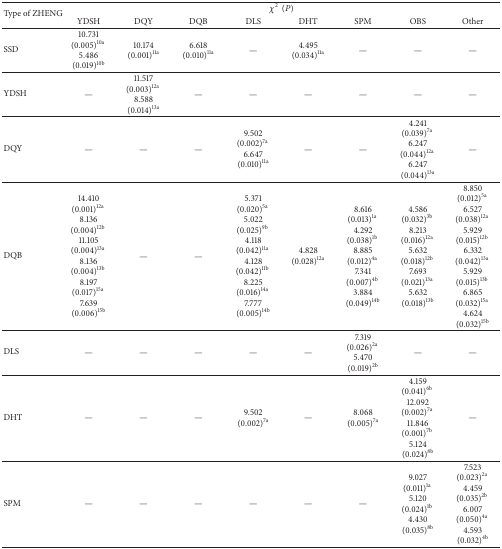
<table><thead><tr><td rowspan="2"><b>Type of ZHENG</b></td><td colspan="8"><b><i>χ</i><sup>2</sup>(<i>P</i>)</b></td></tr><tr><td><b>YDSH</b></td><td><b>DQY</b></td><td><b>DQB</b></td><td><b>DLS</b></td><td><b>DHT</b></td><td><b>SPM</b></td><td><b>OBS</b></td><td><b>Other</b></td></tr></thead><tbody><tr><td>SSD</td><td>10.731 (0.005)<sup>10a</sup> 5.486 (0.019)<sup>10b</sup></td><td>10.174 (0.001)<sup>11a</sup></td><td>6.618 (0.010)<sup>11a</sup></td><td>—</td><td>4.495 (0.034)<sup>11a</sup></td><td>—</td><td>—</td><td>—</td></tr><tr><td>YDSH</td><td>—</td><td>11.517 (0.003)<sup>12a</sup> 8.588 (0.014)<sup>13a</sup></td><td>—</td><td>—</td><td>—</td><td>—</td><td>—</td><td>—</td></tr><tr><td>DQY</td><td>—</td><td>—</td><td>—</td><td>9.502 (0.002)<sup>7a</sup> 6.647 (0.010)<sup>11a</sup></td><td>—</td><td>—</td><td>4.241 (0.039)<sup>7a</sup> 6.247 (0.044)<sup>12a</sup> 6.247 (0.044)<sup>13a</sup></td><td>—</td></tr><tr><td>DQB</td><td>14.410 (0.001)<sup>12a</sup> 8.136 (0.004)<sup>12b</sup> 11.105 (0.004)<sup>13a</sup> 8.136 (0.004)<sup>13b</sup> 8.197 (0.017)<sup>15a</sup> 7.639 (0.006)<sup>15b</sup></td><td>—</td><td>—</td><td>5.371 (0.020)<sup>5a</sup> 5.022 (0.025)<sup>9b</sup> 4.118 (0.042)<sup>11a</sup> 4.128 (0.042)<sup>11b</sup> 8.225 (0.016)<sup>14a</sup> 7.777 (0.005)<sup>14b</sup></td><td>4.828 (0.028)<sup>12a</sup></td><td>8.616 (0.013)<sup>1a</sup> 4.292 (0.038)<sup>1b</sup> 8.885 (0.012)<sup>4a</sup> 7.341 (0.007)<sup>4b</sup> 3.884 (0.049)<sup>14b</sup></td><td>4.586 (0.032)<sup>3b</sup> 8.213 (0.016)<sup>12a</sup> 5.632 (0.018)<sup>12b</sup> 7.693 (0.021)<sup>13a</sup> 5.632 (0.018)<sup>13b</sup></td><td>8.850 (0.012)<sup>5a</sup> 6.527 (0.038)<sup>12a</sup> 5.929 (0.015)<sup>12b</sup> 6.332 (0.042)<sup>13a</sup> 5.929 (0.015)<sup>13b</sup> 6.865 (0.032)<sup>15a</sup> 4.624 (0.032)<sup>15b</sup></td></tr><tr><td>DLS</td><td>—</td><td>—</td><td>—</td><td>—</td><td>—</td><td>7.319 (0.026)<sup>2a</sup> 5.470 (0.019)<sup>2b</sup></td><td>—</td><td>—</td></tr><tr><td>DHT</td><td>—</td><td>—</td><td>—</td><td>9.502 (0.002)<sup>7a</sup></td><td>—</td><td>8.068 (0.005)<sup>7a</sup></td><td>4.159 (0.041)<sup>6b</sup> 12.092 (0.002)<sup>7a</sup> 11.846 (0.001)<sup>7b</sup> 5.124 (0.024)<sup>8b</sup></td><td>—</td></tr><tr><td>SPM</td><td>—</td><td>—</td><td>—</td><td>—</td><td>—</td><td>—</td><td>9.027 (0.011)<sup>1a</sup> 5.120 (0.024)<sup>1b</sup> 4.430 (0.035)<sup>8b</sup></td><td>7.523 (0.023)<sup>2a</sup> 4.459 (0.035)<sup>2b</sup> 6.007 (0.050)<sup>4a</sup> 4.593 (0.032)<sup>4b</sup></td></tr></tbody></table>